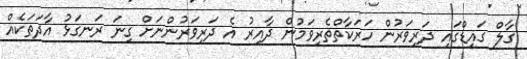
ގާލް ގައިޑްގައި ދަރިވަރުން ހަރަކާތްތެރިވަމުން ދާއިރު އެ ދަރިވަރުންނަށް ގިނަ ރަނގަޅު އާދަތަކެއް